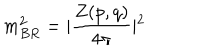
m _ { B R } ^ { 2 } = \vert \frac { Z ( p , q ) } { 4 \pi } \vert ^ { 2 }